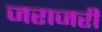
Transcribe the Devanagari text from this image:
जराजरी